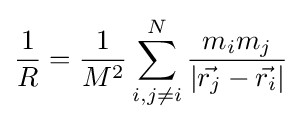
{\frac {1}{R}}={\frac {1}{M^{2}}}\sum _{i,j\neq i}^{N}{\frac {m_{i}m_{j}}{\left|{\vec {r_{j}}}-{\vec {r_{i}}}\right|}}